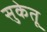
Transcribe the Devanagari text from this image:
सुकेतू